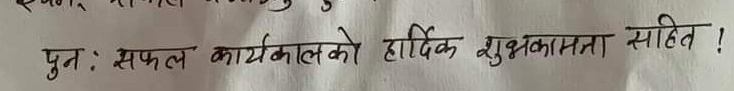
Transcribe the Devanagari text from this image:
पुनः सफल कार्यकालको हार्दिक शुभकामना सहित !